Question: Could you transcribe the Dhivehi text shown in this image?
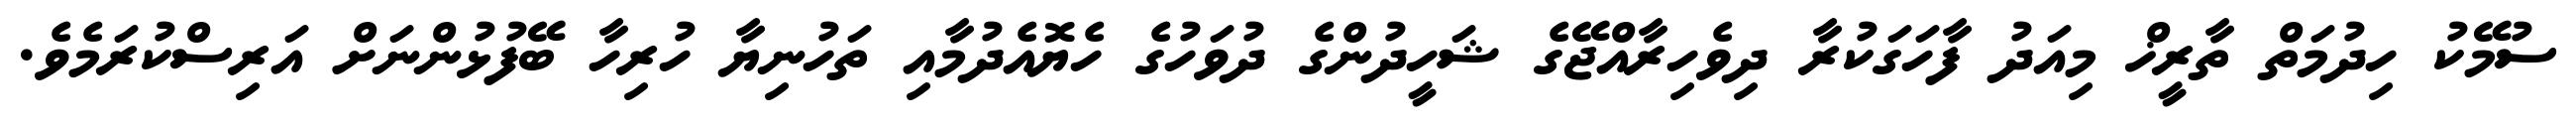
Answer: ސުމޭކު ހިދުމަތް ތާރީޚް މިއަދު ފާހަގަކުރާ ދިވެހިރާއްޖޭގެ ޝަހީދުންގެ ދުވަހުގެ ހެޔޮއެދުމާއި ތަހުނިޔާ ހުރިހާ ބޭފުޅުންނަށް އަރިސްކުރަމެވެ.